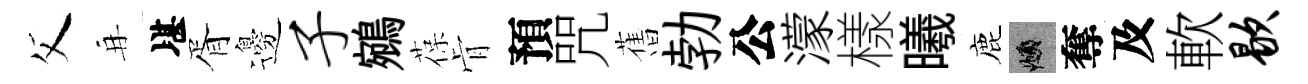
父再堪胥邊子鵷葆肻預咒𦾔勃公濛樣曦鹿頫奪及軟歇